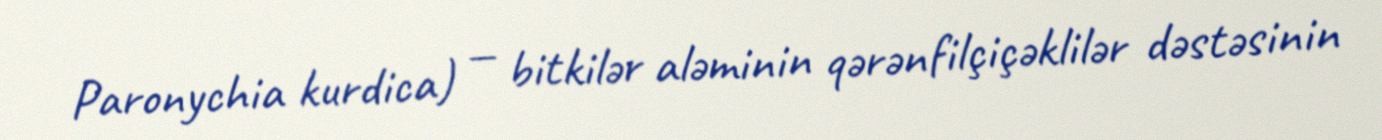
Paronychia kurdica) — bitkilər aləminin qərənfilçiçəklilər dəstəsinin